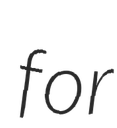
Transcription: for